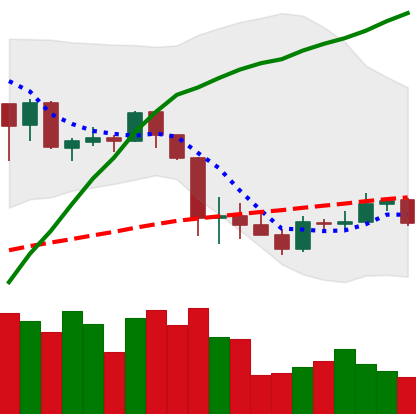
Ticker: ADA-USD
Chart end date: 2020-03-07
Forward return: -51.045%
Label: down_7plus